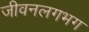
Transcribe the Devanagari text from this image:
जीवनलगभग